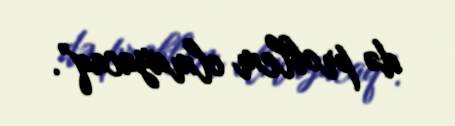
də problem olmayacaq”.